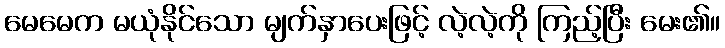
မေမေက မယုံနိုင်သော မျက်နှာပေးဖြင့် လဲ့လဲ့ကို ကြည့်ပြီး မေး၏။